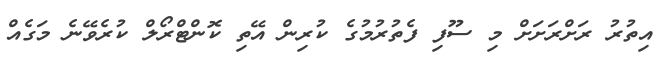
އިތުރު ރަށްރަށަށް މިި ސޫފި ފެތުރުމުގެ ކުރިން އޭތި ކޮންޓްރޯލް ކުރެވޭނެ މަގެއް